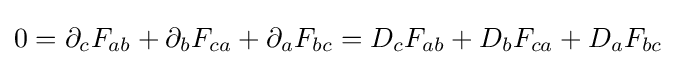
0=\partial _{c}F_{ab}+\partial _{b}F_{ca}+\partial _{a}F_{bc}=D_{c}F_{ab}+D_{b}F_{ca}+D_{a}F_{bc}